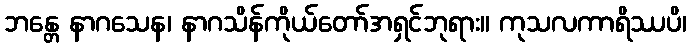
ဘန္တေ နာဂသေန၊ နာဂသိန်ကိုယ်တော်အရှင်ဘုရား။ ကုသလကာရိဿပိ၊